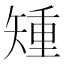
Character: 𥏱